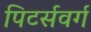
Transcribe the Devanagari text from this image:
पिटर्सवर्ग